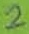
Text: 2